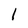
Character: l